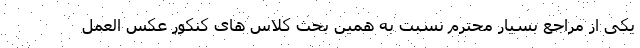
یکی از مراجع بسیار محترم نسبت به همین بحث کلاس های کنکور عکس العمل